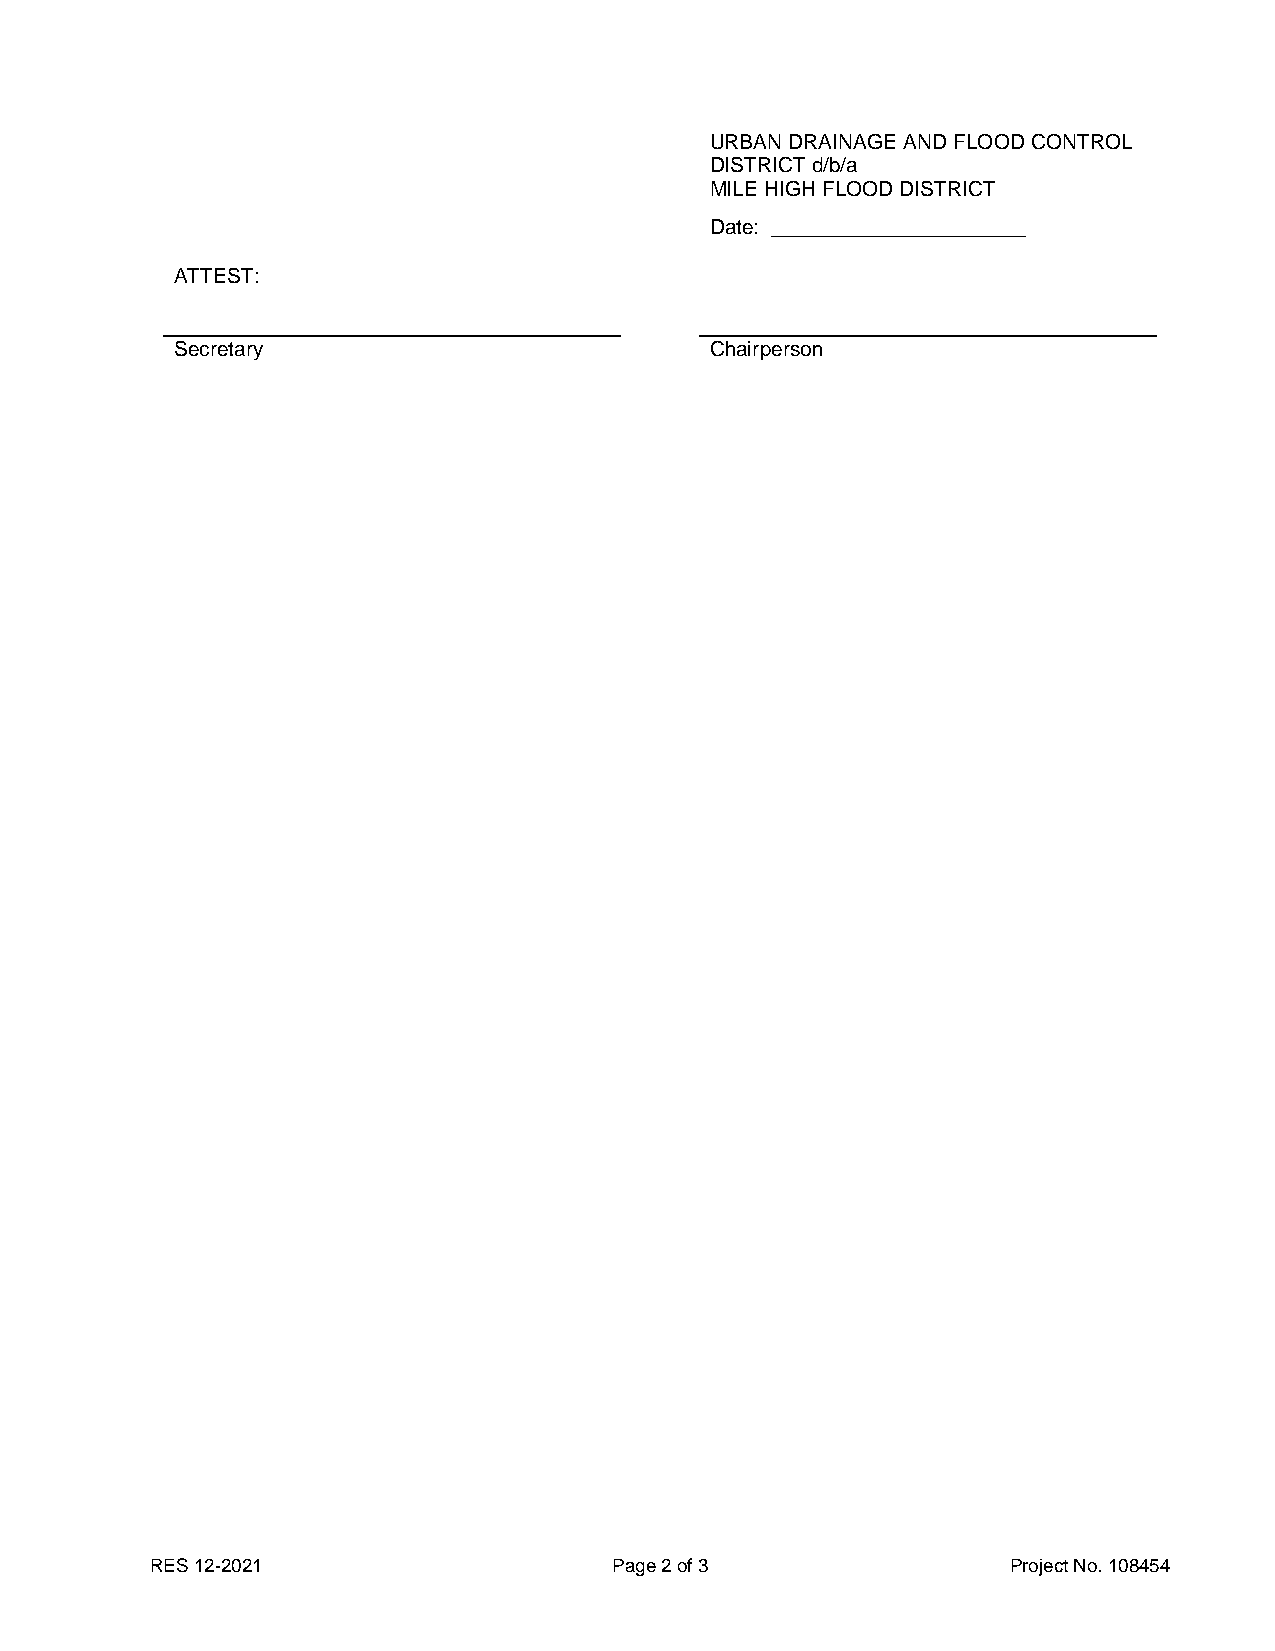
URBAN DRAINAGE AND FLOOD CONTROL
 DISTRICT d/b/a
 MILE HIGH FLOOD DISTRICT
 Date: ______________________
 ATTEST:
 Secretary                          Chairperson
 RES 12-2021                    Page 2 of 3               Project No. 108454